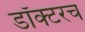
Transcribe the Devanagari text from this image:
डॉक्टरच